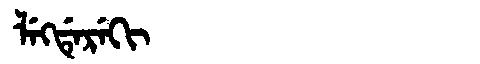
Manchu: ᠯᡝᡴᡩᡝᡵᡝᡴᡳ
Romanization: LEKDEREKI